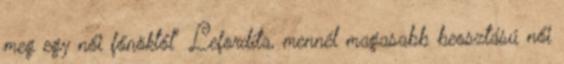
meg egy női főnöktől" Lefordíta, mennél magasabb beosztású női